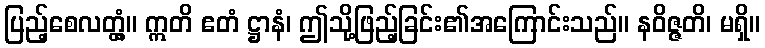
ပြည့်စေလတ္တံ့။ ဣတိ ဧတံ ဋ္ဌာနံ၊ ဤသို့ဖြည့်ခြင်း၏အကြောင်းသည်။ နဝိဇ္ဇတိ၊ မရှိ။